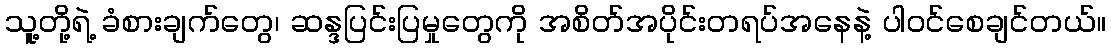
သူ့တို့ရဲ့ ခံစားချက်တွေ၊ ဆန္ဒပြင်းပြမှုတွေကို အစိတ်အပိုင်းတရပ်အနေနဲ့ ပါဝင်စေချင်တယ်။